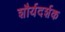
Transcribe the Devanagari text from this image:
शौर्यदर्शक